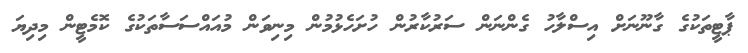
ޕާޓީތަކުގެ ގާނޫނަށް އިސްލާހު ގެންނަން ސަރުކާރުން ހުށަހެޅުމުން މިނިވަން މުއައްސަސާތަކުގެ ކޮމެޓީން މިދިޔަ